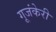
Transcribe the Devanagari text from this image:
गूजंकेरी